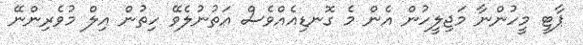
ޕާޓީ މީހުންނާ މަޖިލީހުން އެން މެ ގޮނޑިއެއްވެސް އަތުނުލެވޭ ހިތުން އިލް މުވެރިންނޭ